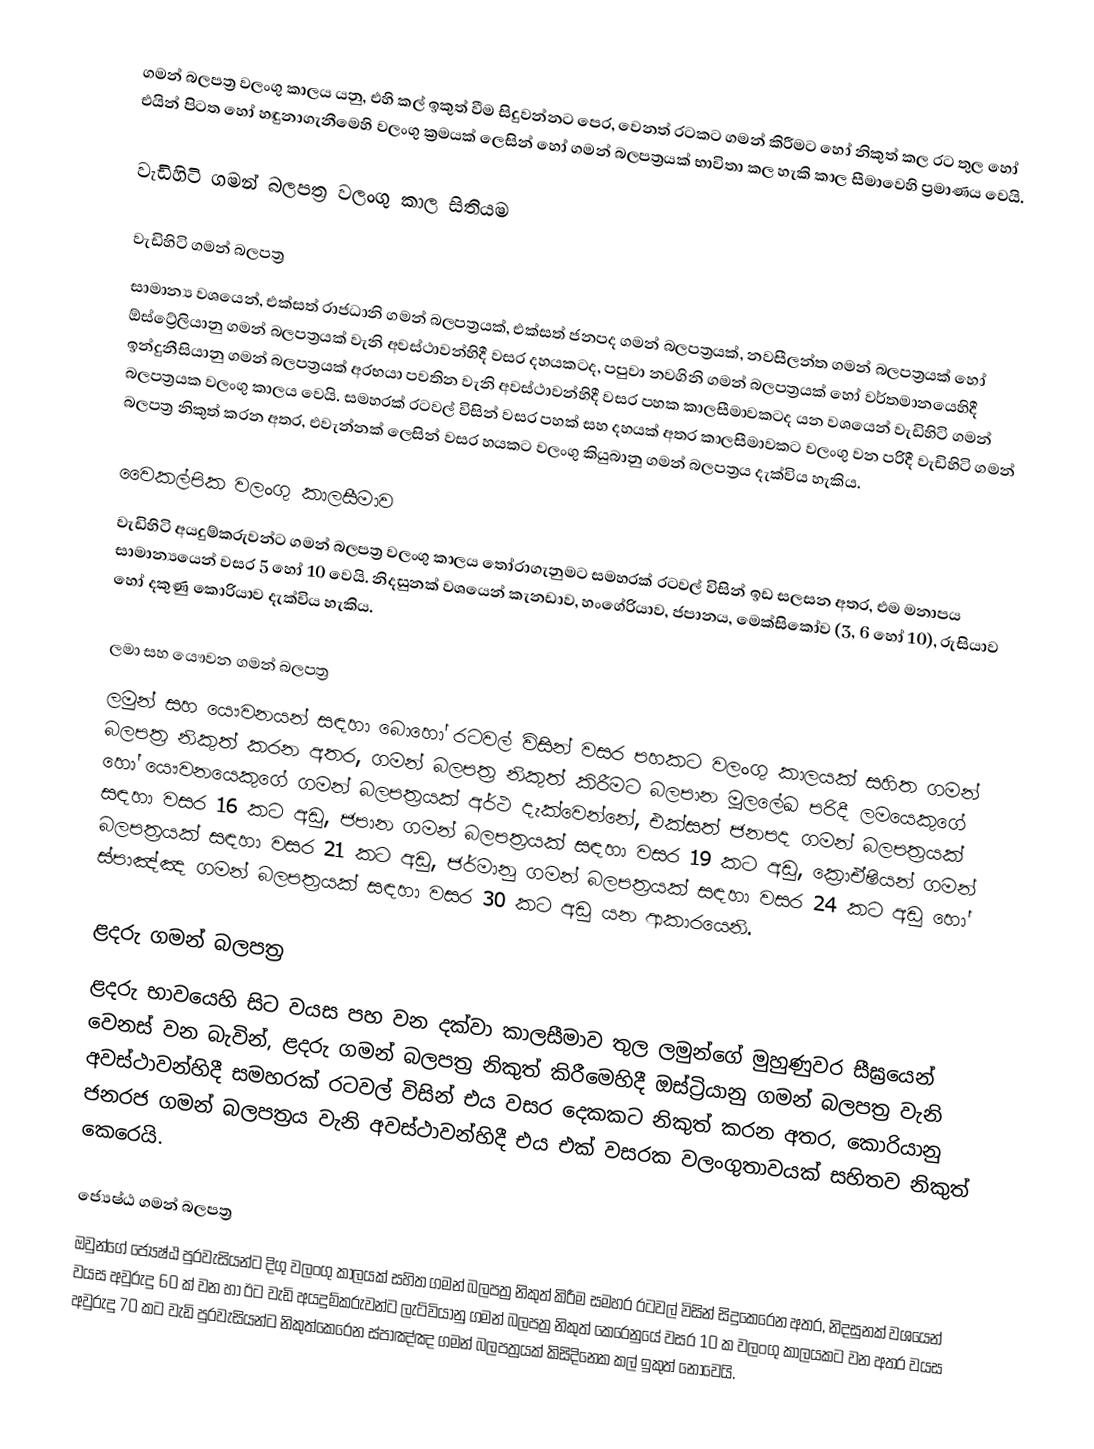
ගමන් බලපත්‍ර වලංගු කාලය යනු,  එහි කල් ඉකුත් වීම සිදුවන්නට පෙර, වෙනත් රටකට ගමන් කිරීමට හෝ නිකුත් කල රට තුල හෝ එයින් පිටත හෝ හඳුනාගැනීමෙහි වලංගු ක්‍රමයක් ලෙසින් හෝ ගමන් බලපත්‍රයක් භාවිතා කල හැකි කාල සීමාවෙහි ප්‍රමාණය වෙයි.

වැඩිහිටි ගමන් බලපත්‍ර වලංගු කාල සිතියම

වැඩිහිටි ගමන් බලපත්‍ර
සාමාන්‍ය වශයෙන්,   එක්සත් රාජධානි ගමන් බලපත්‍රයක්,   එක්සත් ජනපද ගමන් බලපත්‍රයක්, නවසීලන්ත ගමන් බලපත්‍රයක් හෝ  ඕස්ට්‍රේලියානු ගමන් බලපත්‍රයක් වැනි අවස්ථාවන්හිදී වසර දහයකටද,   පපුවා නවගිනි ගමන් බලපත්‍රයක් හෝ වර්තමානයෙහිදී    ඉන්දුනීසියානු ගමන් බලපත්‍රයක් අරභයා පවතින වැනි අවස්ථාවන්හිදී වසර පහක කාලසීමාවකටද යන වශයෙන් වැඩිහිටි ගමන් බලපත්‍රයක වලංගු කාලය වෙයි. සමහරක් රටවල් විසින් වසර පහක් සහ දහයක් අතර කාලසීමාවකට වලංගු වන පරිදී වැඩිහිටි ගමන් බලපත්‍ර නිකුත් කරන අතර, එවැන්නක් ලෙසින් වසර හයකට වලංගු  කියුබානු ගමන් බලපත්‍රය දැක්විය හැකිය.

වෛකල්පික වලංගු කාලසීමාව
වැඩිහිටි  අයදුම්කරුවන්ට ගමන් බලපත්‍ර වලංගු කාලය තෝරාගැනුමට සමහරක් රටවල් විසින් ඉඩ සලසන අතර, එම මනාපය සාමාන්‍යයෙන් වසර 5 හෝ 10 වෙයි. නිදසුනක් වශයෙන් කැනඩාව, හංගේරියාව, ජපානය, මෙක්සිකෝව (3, 6 හෝ 10), රුසියාව හෝ දකුණු කොරියාව දැක්විය හැකිය.

ලමා සහ යෞවන ගමන් බලපත්‍ර
ලමුන් සහ යෞවනයන් සඳහා බොහෝ රටවල් විසින් වසර පහකට වලංගු කාලයක් සහිත ගමන් බලපත්‍ර නිකුත් කරන අතර, ගමන් බලපත්‍ර නිකුත් කිරීමට බලපාන මූලලේඛ පරිදී  ලමයෙකුගේ හෝ යෞවනයෙකුගේ ගමන් බලපත්‍රයක් අර්ථ දැක්වෙන්නේ, එක්සත් ජනපද ගමන් බලපත්‍රයක්  සඳහා වසර 16 කට අඩු, ජපාන ගමන් බලපත්‍රයක් සඳහා වසර 19 කට අඩු, ක්‍රොඒෂියන් ගමන් බලපත්‍රයක් සඳහා වසර 21 කට අඩු, ජර්මානු ගමන් බලපත්‍රයක් සඳහා වසර 24 කට අඩු හෝ   ස්පාඤ්ඤ ගමන් බලපත්‍රයක්  සඳහා වසර 30 කට අඩු යන ආකාරයෙනි.

ළදරු ගමන් බලපත්‍ර
ළදරු භාවයෙහි සිට වයස පහ වන දක්වා කාලසීමාව තුල ලමුන්ගේ මුහුණුවර සීඝ්‍රයෙන් වෙනස් වන බැවින්, ළදරු ගමන් බලපත්‍ර නිකුත් කිරීමෙහිදී  ඔස්ට්‍රියානු ගමන් බලපත්‍ර වැනි අවස්ථාවන්හිදී සමහරක් රටවල්  විසින් එය වසර දෙකකට නිකුත් කරන අතර,  කොරියානු ජනරජ ගමන් බලපත්‍රය වැනි අවස්ථාවන්හිදී එය එක් වසරක වලංගුතාවයක් සහිතව නිකුත් කෙරෙයි.

ජ්‍යෙෂ්ඨ ගමන් බලපත්‍ර
ඔවුන්ගේ ජ්‍යෙෂ්ඨ පුරවැසියන්ට දිගු වලංගු කාලයක් සහිත ගමන් බලපත්‍ර නිකුත් කිරීම සමහර රටවල් විසින් සිදුකෙරෙන අතර, නිදසුනක් වශයෙන් වයස අවුරුදු 60 ක් වන හා ඊට වැඩි අයදුම්කරුවන්ට  ලැට්වියානු ගමන් බලපත්‍ර නිකුත් කෙරෙනුයේ වසර 10 ක වලංගු කාලයකට වන අතර වයස අවුරුදු 70 කට වැඩි පුරවැසියන්ට නිකුත්කෙරෙන    ස්පාඤ්ඤ ගමන් බලපත්‍රයක් කිසිදිනෙක කල් ඉකුත් නොවෙයි.